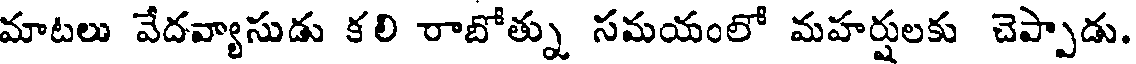
మాటలు వేదవ్యాసుడు కలి రాబోత్ను సమయంలో మహర్షులకు చెప్పాడు.